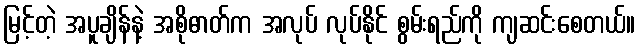
မြင့်တဲ့ အပူချိန်နဲ့ အစိုဓာတ်က အလုပ် လုပ်နိုင် စွမ်းရည်ကို ကျဆင်းစေတယ်။